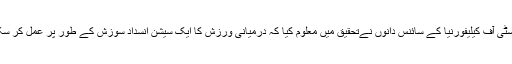
یونیورسٹی آف کیلیفورنیا کے سائنس دانوں نےتحقیق میں معلوم کیا کہ درمیانی ورزش کا ایک سیشن انسداد سوزش کے طور پر عمل کر سکتا ہے۔